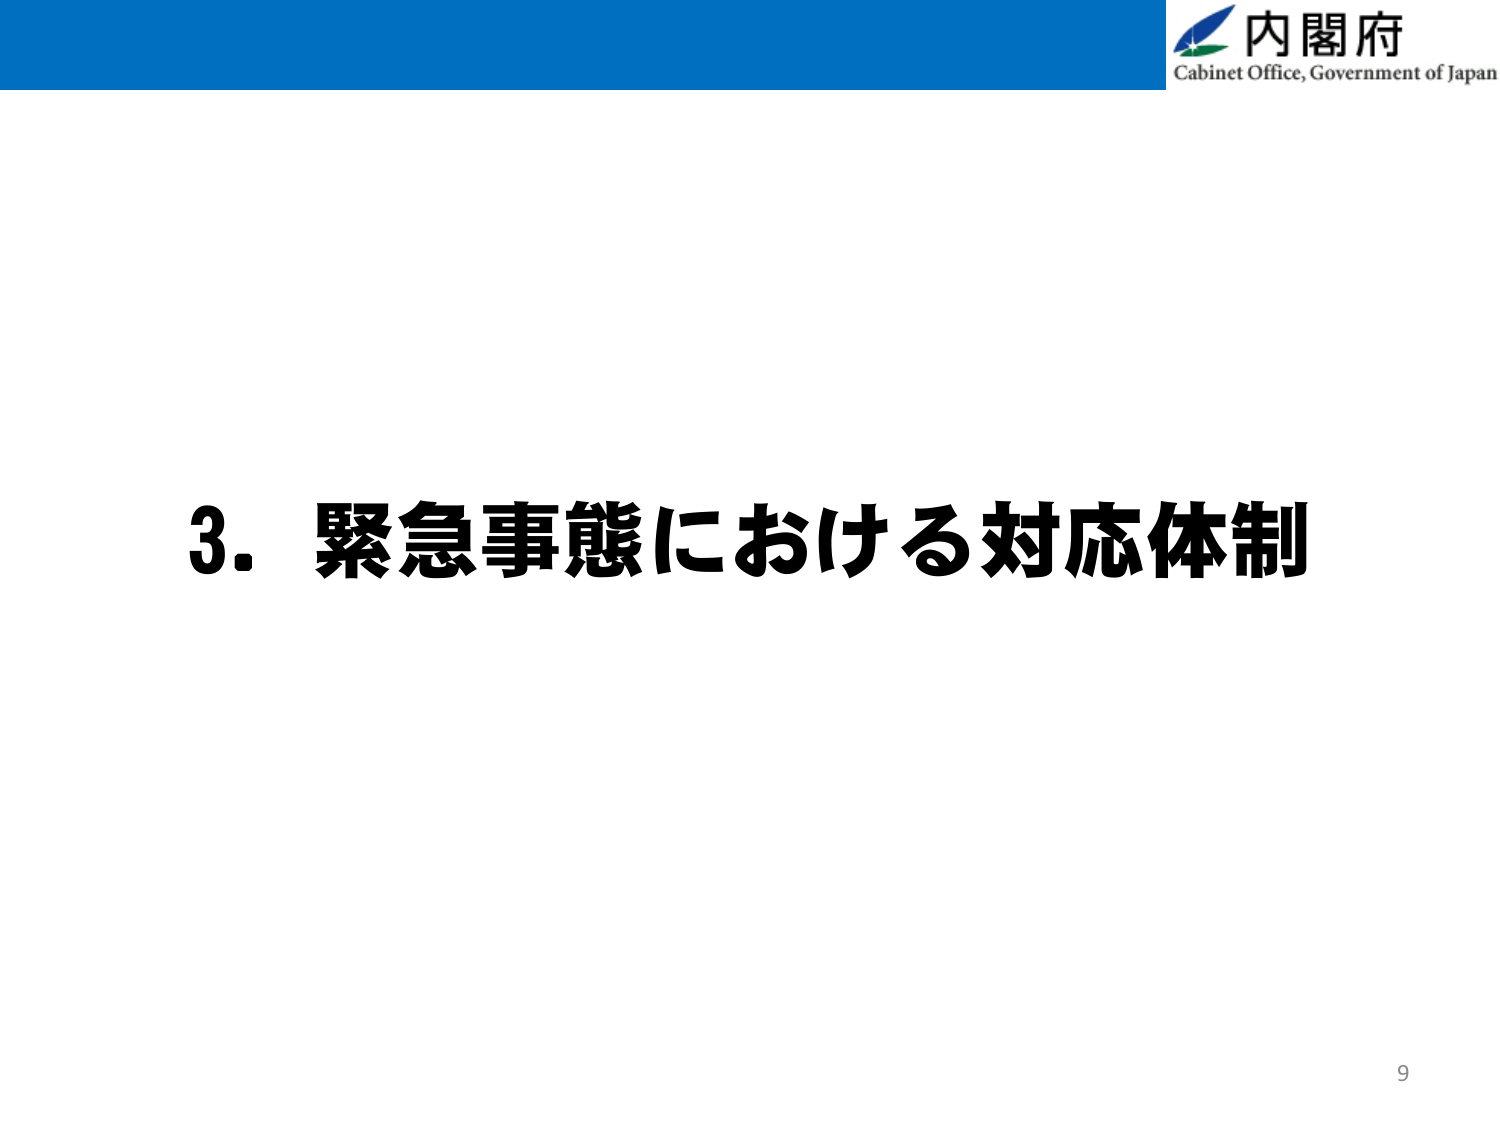
内閣府
Cabinet Office, Government of Japan
3. 緊急事態における対応体制
9